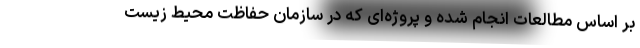
بر اساس مطالعات انجام شده و پروژه‌ای که در سازمان حفاظت محیط زیست